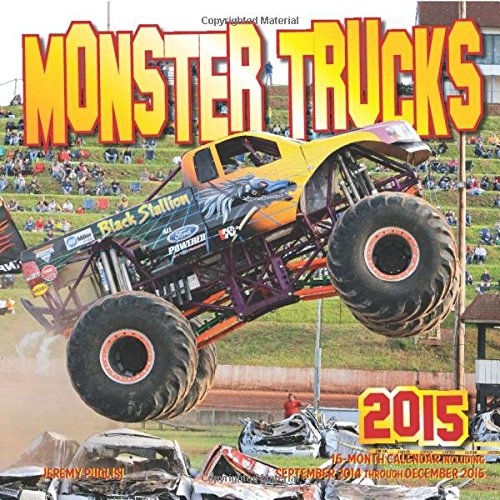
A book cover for Monster Trucks 2015: 16-Month Calendar, including September through December 2014; Jeremy Puglisi; Calendars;